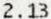
2.13